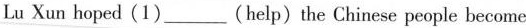
Lu Xun hoped(1)___(help)the Chinese people become